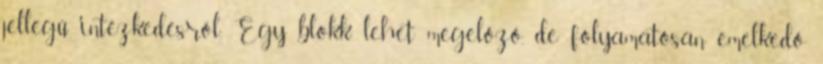
jellegű intézkedésről. Egy blokk lehet megelőző, de folyamatosan emelkedő